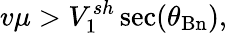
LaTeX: v\mu>V_{1}^{sh}\sec(\theta_{\mathrm{Bn}}),